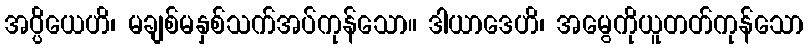
အပ္ပိယေဟိ၊ မချစ်မနှစ်သက်အပ်ကုန်သော။ ဒါယာဒေဟိ၊ အမွေကိုယူတတ်ကုန်သော